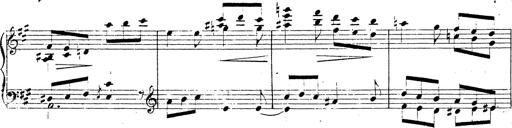
Title: Chanson bohÃ©mienne
Composer: Franz Liszt